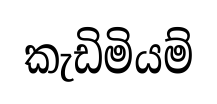
කැඩිමියම්